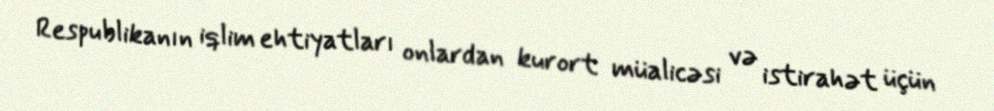
Respublikanın iqlim ehtiyatları onlardan kurort müalicəsi və istirahət üçün